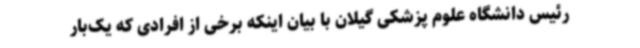
رئیس دانشگاه علوم پزشکی گیلان با بیان اینکه برخی از افرادی که یک‌بار